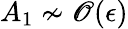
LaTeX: A_{1}\nsim{\cal\mathscr{O}}(\epsilon)